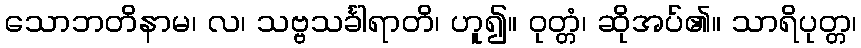
သောဘတိနာမ၊ လ၊ သဗ္ဗသင်္ခါရာတိ၊ ဟူ၍။ ဝုတ္တံ၊ ဆိုအပ်၏။ သာရိပုတ္တ၊